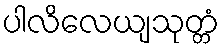
ပါလိလေယျသုတ္တံ